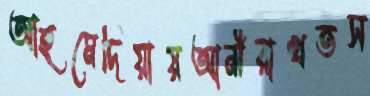
আহমেদিয়ায়আনীরাখতস